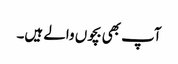
آپ بھی بچوں والے ہیں۔